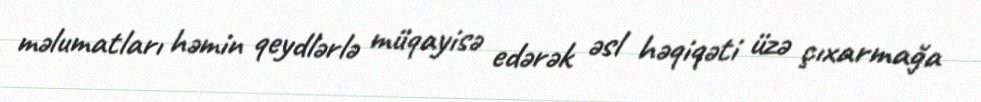
məlumatları həmin qeydlərlə müqayisə edərək əsl həqiqəti üzə çıxarmağa